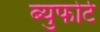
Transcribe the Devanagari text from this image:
ब्युफोर्ट